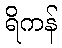
ရိကန်